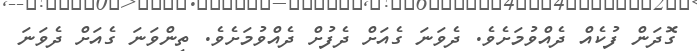
ގޮދަން ފުކެއް ދެއްވުމަށެވެ. ދެވަނަ ގެއަށް ދެފުށް ދެއްވުމަށެވެ. ތިންވަނަ ގެއަށް ދެވަނަ